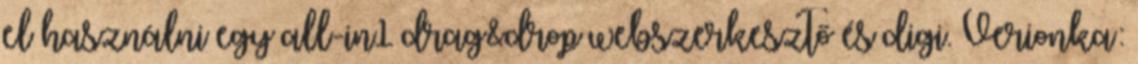
el használni egy all-in1 drag&drop webszerkesztő és digi. Verionka: